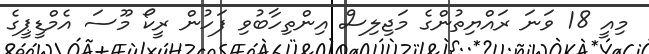
މިއީ 18 ވަނަ ރައްޔިތުންގެ މަޖިލިސް އިންތިހާބުވި ފަހުން ރީކޯ މޫސަ އެމްޑީޕީގެ